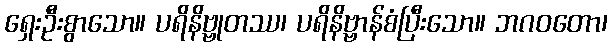
ရှေးဦးစွာသော။ ပရိနိဗ္ဗုတဿ၊ ပရိနိဗ္ဗာန်စံပြီးသော။ ဘဂဝတော၊